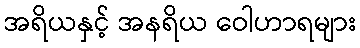
အရိယနှင့် အနရိယ ဝေါဟာရများ